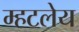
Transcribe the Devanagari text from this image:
म्हटलेय